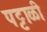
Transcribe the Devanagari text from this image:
पट्टाळी